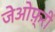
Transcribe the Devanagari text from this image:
जेओफ़्री